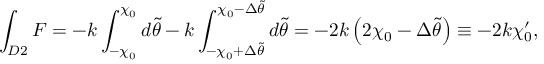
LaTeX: \int _ { D 2 } F = - k \int _ { - \chi _ { 0 } } ^ { \chi _ { 0 } } d \tilde { \theta } - k \int _ { - \chi _ { 0 } + \Delta \tilde { \theta } } ^ { \chi _ { 0 } - \Delta \tilde { \theta } } d \tilde { \theta } = - 2 k \left( 2 \chi _ { 0 } - \Delta \tilde { \theta } \right) \equiv - 2 k \chi _ { 0 } ^ { \prime } ,